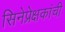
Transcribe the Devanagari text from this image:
सिनेप्रेक्षकांची